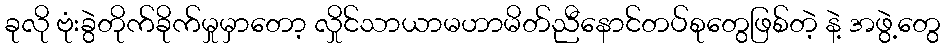
ခုလို ဗုံးခွဲတိုက်ခိုက်မှုမှာတော့ လှိုင်သာယာမဟာမိတ်ညီနောင်တပ်စုတွေဖြစ်တဲ့ နဲ့ အဖွဲ့တွေ